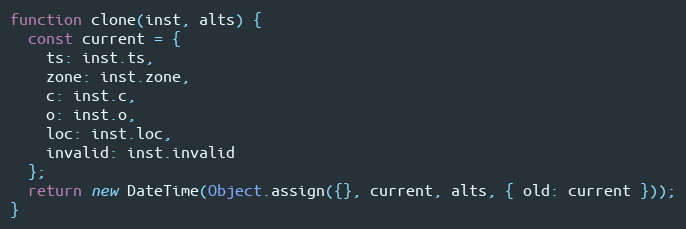
Language: JavaScript
function clone(inst, alts) {
  const current = {
    ts: inst.ts,
    zone: inst.zone,
    c: inst.c,
    o: inst.o,
    loc: inst.loc,
    invalid: inst.invalid
  };
  return new DateTime(Object.assign({}, current, alts, { old: current }));
}